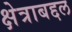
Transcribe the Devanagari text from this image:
क्षेत्राबद्दल